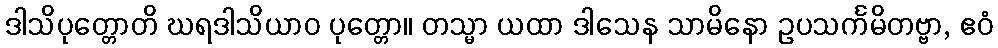
ဒါသိပုတ္တောတိ ဃရဒါသိယာဝ ပုတ္တော။ တသ္မာ ယထာ ဒါသေန သာမိနော ဥပသင်္ကမိတဗ္ဗာ, ဧဝံ